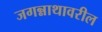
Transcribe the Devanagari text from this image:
जगन्नाथावरील